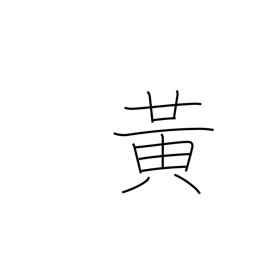
Meaning: yellow